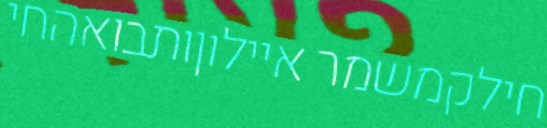
חילקמשמר איילוןותבואהחי